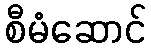
စီမံဆောင်